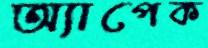
অ্যাপেক